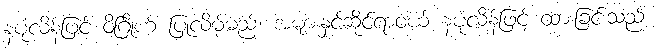
နပုံလိန်ဖြင့် ဝိဂြိုဟ် ပြုလိမ့်မည်၊ အများနှင့်ဆိုင်ရာဝယ် နပုံလိန်ဖြင့် ထားခြင်းသည်